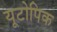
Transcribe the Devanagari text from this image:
यूटोपिक